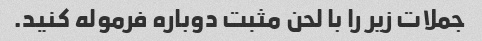
جملات زیر را با لحن مثبت دوباره فرموله کنید.